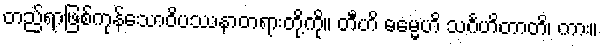
တည်ရာဖြစ်ကုန်သောဝိပဿနာတရားတို့ကို။ တီဟိ ဓမ္မေဟိ သင်္ဂဟိတာတိ၊ ကား။